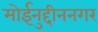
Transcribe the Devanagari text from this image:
मोईनुद्दीननगर